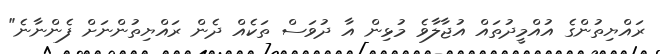
ރައްޔިތުންގެ އުއްމީދުތައް އުޖާލާވެ މުޅިން އާ ދުވަސް ތަކެއް ދެން ރައްޔިތުންނަށް ފެންނާނެ"